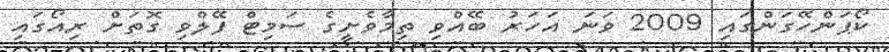
ކޯޕަންހޭގަންގައި 2009 ވަނަ އަހަރު ބޭއްވި ތިމާވެށީގެ ސަމިޓް ފޭލްވި ގޮތަށް ރިއޯގައި